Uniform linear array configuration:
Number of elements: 4
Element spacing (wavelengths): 0.25
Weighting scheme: hann
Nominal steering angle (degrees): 30
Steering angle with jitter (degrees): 31.023
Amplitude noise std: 0.05
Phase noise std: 0.05

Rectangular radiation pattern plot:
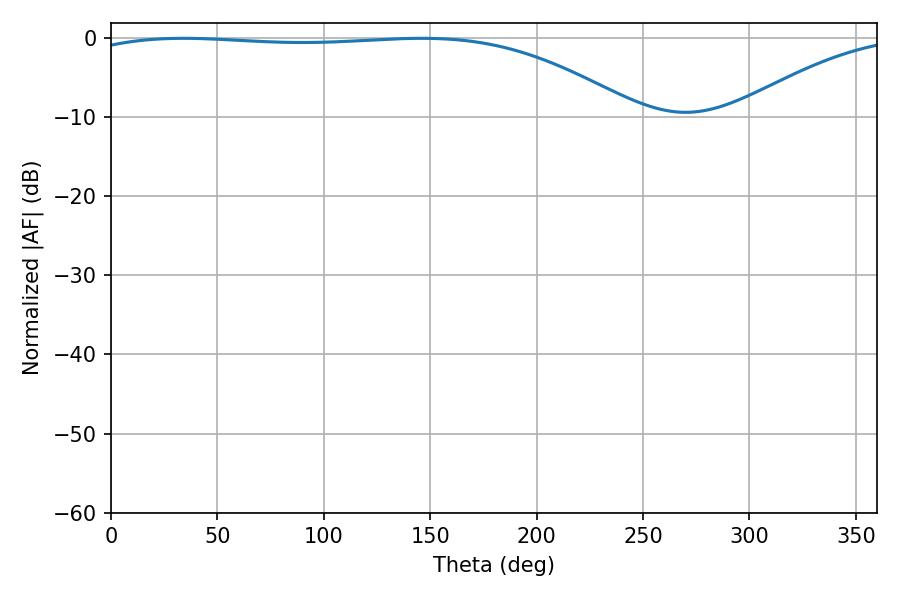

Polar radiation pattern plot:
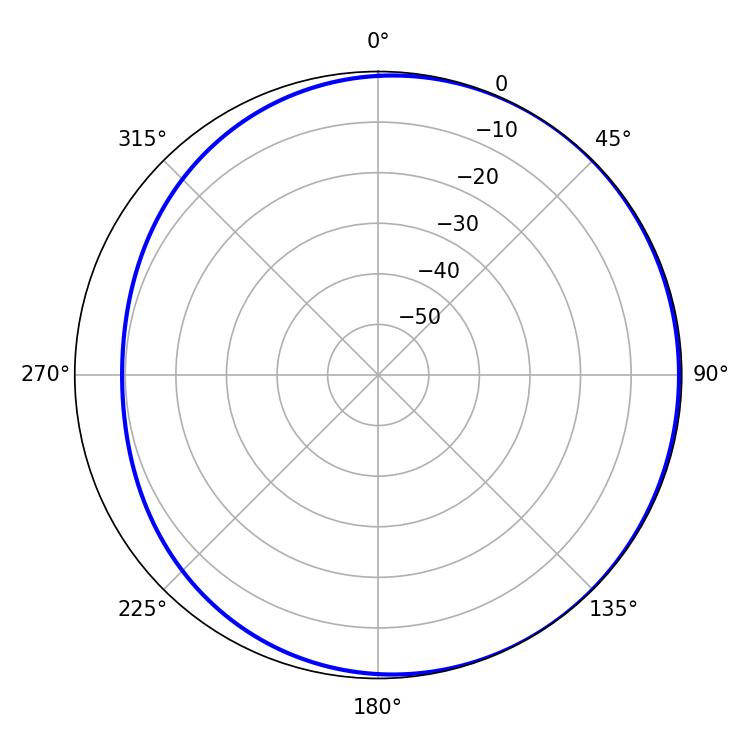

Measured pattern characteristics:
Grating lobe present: FALSE
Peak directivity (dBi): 1.645
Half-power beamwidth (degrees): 206.1
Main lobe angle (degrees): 34.02